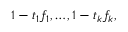
1 - t _ { 1 } f _ { 1 } , \ldots , 1 - t _ { k } f _ { k } ,